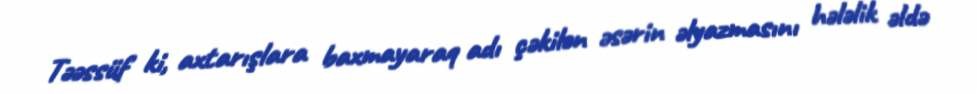
Təəssüf ki, axtarışlara baxmayaraq adı çəkilən əsərin əlyazmasını hələlik əldə